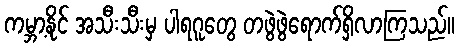
ကမ္ဘာ့နိုင် အသီးသီးမှ ပါရဂူတွေ တဖွဲဖွဲရောက်ရှိလာကြသည်။